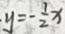
y = - \frac { 1 } { 2 } x